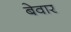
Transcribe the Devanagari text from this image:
बेवार